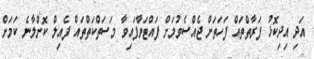
އަދި އިދިކޮޅު ފަރާތްތައް ފަހަތަށް ޖެއްސެވުމަށް ފައްޓަވާފައިވާ މަސަތްކަތްތައް ފެއިލް ކޮށްލާނެ ކަމަށް